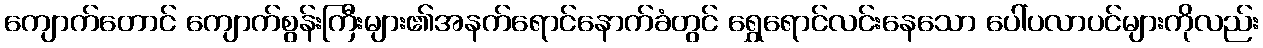
ကျောက်တောင် ကျောက်စွန်းကြီးများ၏အနက်ရောင်နောက်ခံတွင် ရွှေရောင်လင်းနေသော ပေါ်ပလာပင်များကိုလည်း